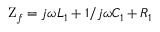
\mathrm { Z } _ { f } = j \omega L _ { 1 } + { 1 } / { j \omega C _ { 1 } } + R _ { 1 }